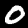
Digit: 0